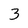
Character: 3